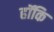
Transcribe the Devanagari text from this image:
हॉकि